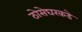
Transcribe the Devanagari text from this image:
ठोसेघरकडे